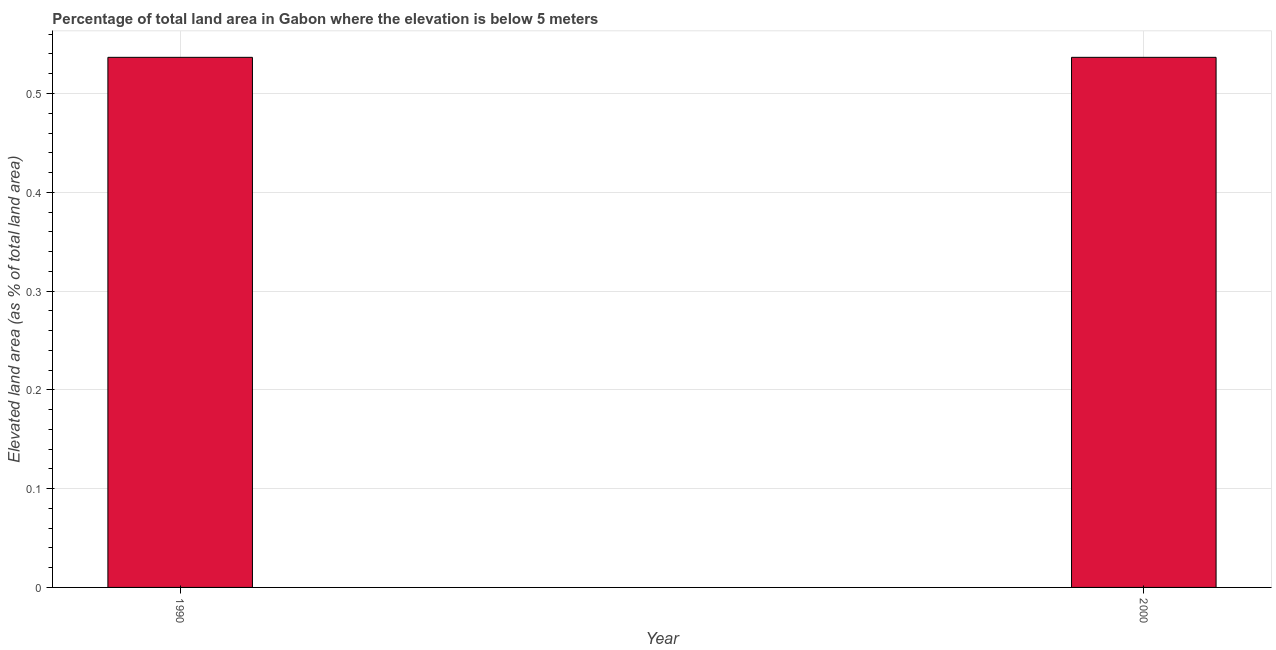
| Year | Land area |
 | --- | --- |
 | 1990 | 0.537 |
 | 2000 | 0.537 |